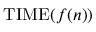
\mathrm { T I M E } ( f ( n ) )